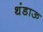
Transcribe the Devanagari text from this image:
थंडाऊ